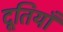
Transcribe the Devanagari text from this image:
दूतियाँ